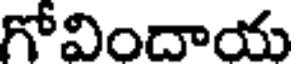
గోవిందాయ